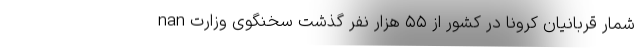
nan شمار قربانیان کرونا در کشور از ۵۵ هزار نفر گذشت سخنگوی وزارت